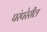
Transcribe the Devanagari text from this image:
परंपरेरील